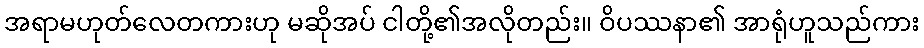
အရာမဟုတ်လေတကားဟု မဆိုအပ် ငါတို့၏အလိုတည်း။ ဝိပဿနာ၏ အာရုံဟူသည်ကား